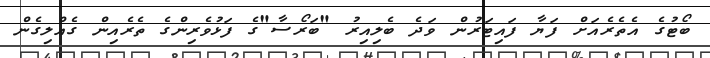
ބޯޓުގެ އެތެރެއަށް ފަޔާ ފައިޓަރުން ވަދެ ބެލިއިރު "ބަރޯސާ"ގެ ފަޅުވެރިންގެ ތެރެއިން ގެއްލިގެން